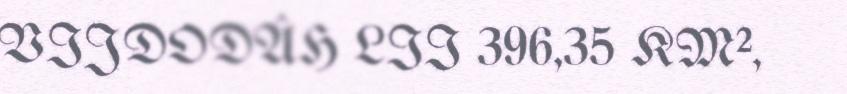
VIJDODÂH LII 396,35 KM²,